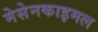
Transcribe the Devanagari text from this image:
मेसेनकाइमल